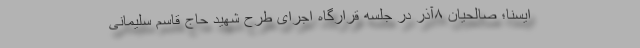
ایسنا؛ صالحیان ۸آذر در جلسه قرارگاه اجرای طرح شهید حاج قاسم سلیمانی